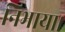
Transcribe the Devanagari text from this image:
निभाया।